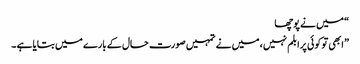
“ میں نے پوچھا
” ابھی تو کوئی پرابلم نہیں ، میں نے تمہیں صورت حال کے بارے میں بتایا ہے ۔